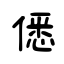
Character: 僁